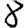
Digit: 8